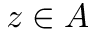
z \in A